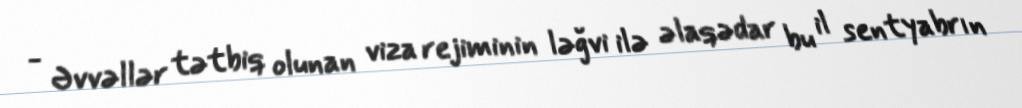
- Əvvəllər tətbiq olunan viza rejiminin ləğvi ilə əlaqədar bu il sentyabrın